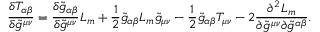
\frac { \delta T _ { \alpha \beta } } { \delta \tilde { g } ^ { \mu \nu } } = \frac { \delta \tilde { g } _ { \alpha \beta } } { \delta \tilde { g } ^ { \mu \nu } } L _ { m } + \frac { 1 } { 2 } \tilde { g } _ { \alpha \beta } L _ { m } \tilde { g } _ { \mu \nu } - \frac { 1 } { 2 } \tilde { g } _ { \alpha \beta } T _ { \mu \nu } - 2 \frac { \partial ^ { 2 } L _ { m } } { \partial \tilde { g } ^ { \mu \nu } \partial \tilde { g } ^ { \alpha \beta } } .